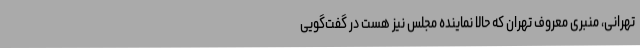
تهرانی، منبری معروف تهران که حالا نماینده مجلس نیز هست در گفت‌گویی